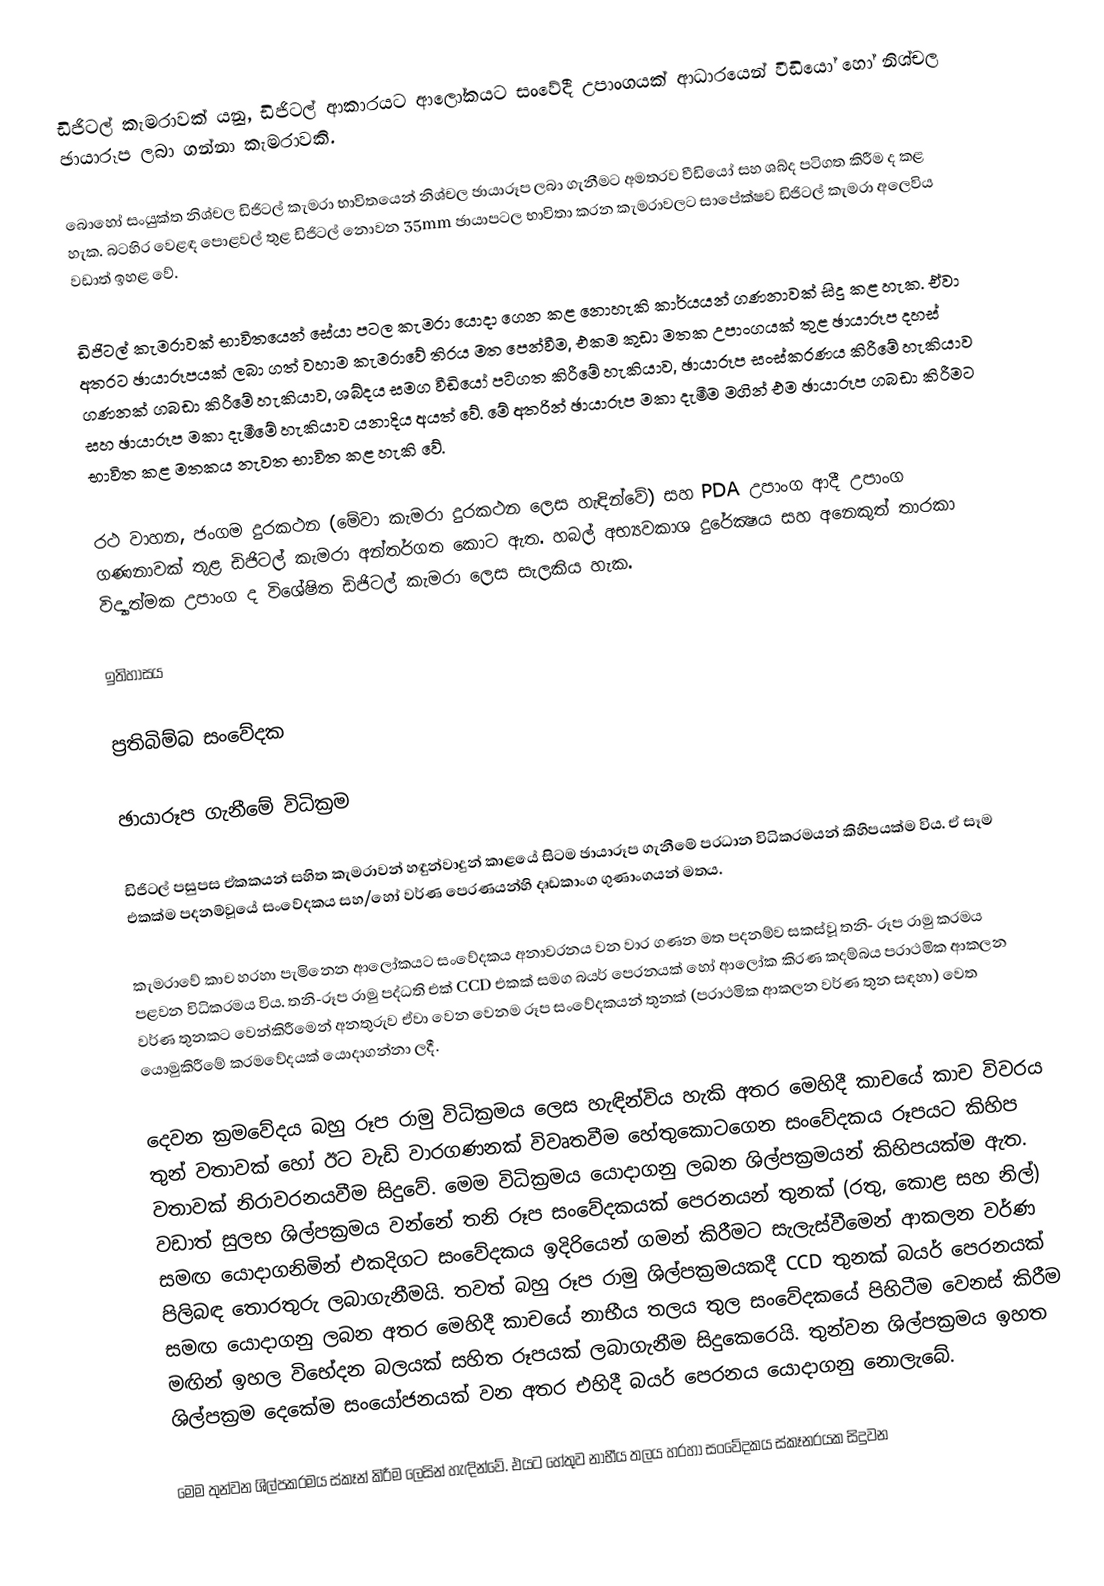
ඩිජිටල් කැමරාවක් යනු, ඩිජිටල් ආකාරයට ආලෝකයට සංවේදී උපාංගයක් ආධාරයෙන් වීඩියෝ හෝ නිශ්චල ඡායාරූප ලබා ගන්නා කැමරාවකි.

බොහෝ සංයුක්ත නිශ්චල ඩිජිටල් කැමරා භාවිතයෙන් නිශ්චල ඡායාරූප ලබා ගැනීමට අමතරව වීඩියෝ සහ ශබ්ද පටිගත කිරීම ද කළ හැක. බටහිර වෙළඳ පොළවල් තුළ ඩිජිටල් නොවන 35mm ඡායාපටල භාවිතා කරන කැමරාවලට සාපේක්ෂව ඩිජිටල් කැමරා අලෙවිය වඩාත් ඉහළ වේ.

ඩිජි‍ටල් කැමරාවක් භාවිතයෙන් සේයා පටල කැමරා යොදා ගෙන කළ නොහැකි කාර්යයන් ගණනාවක් සිදු කළ හැක. ඒවා අතරට ඡායාරූපයක් ලබා ගත් වහාම කැමරාවේ තිරය මත පෙන්වීම, එකම කුඩා මතක උපාංගයක් තුළ ඡායාරූප දහස් ගණනක් ගබඩා කිරීමේ හැකියාව, ශබ්දය සමග වී‍ඩියෝ පටිගත කිරීමේ හැකියාව, ඡායාරූප සංස්කරණය කිරීමේ හැකියාව සහ ඡායාරූප මකා දැමීමේ හැකියාව යනාදිය අයත් වේ. මේ අතරින් ඡායාරූප මකා දැමීම මගින් එම ඡායාරූප ගබඩා කිරීමට භාවිත කළ මතකය නැවත භාවිත කළ හැකි වේ.

රථ වාහන, ජංගම දුරකථන (මේවා කැමරා දුරකථන ලෙස හැඳින්වේ) සහ PDA උපාංග ආදී උපාංග ගණනාවක් තුළ ඩිජිටල් කැමරා අන්තර්ගත කොට ඇත. හබල් අභ්‍යවකාශ දුරේක්‍ෂය සහ අනෙකුත් තාරකා විද්‍යාත්මක උපාංග ද විශේෂිත ඩිජිටල් කැමරා ලෙස සැලකිය හැක.

ඉතිහාසය

ප්‍රතිබිම්බ සංවේදක

ඡායාරූප ගැනීමේ විධික‍්‍රම

ඩිජිටල් පසුපස ඒකකයන් සහිත කැමරාවන් හඳුන්වාදුන් කාළයේ සිටම ඡායාරූප ගැනීමේ ප‍්‍රධාන විධික‍්‍රමයන් කිහිපයක්ම විය. ඒ සෑම එකක්ම පදනම්වූයේ සංවේදකය සහ/හෝ වර්ණ පෙරණයන්හි දෘඩකාංග ගුණාංගයන් මතය.

කැමරාවේ කාච හරහා පැමිනෙන ආලෝකයට සංවේදකය අනාවරනය වන වාර ගණන මත පදනම්ව සකස්වූ තනි- රූප රාමු ක‍්‍රමය පළවන විධික‍්‍රමය විය. තනි-රූප රාමු පද්ධති එක් CCD එකක් සමග බයර් පෙරනයක් හෝ ආලෝක කිරණ කදම්බය ප‍්‍රාථමික ආකලන වර්ණ තුනකට වෙන්කිරීමෙන් අනතුරුව ඒවා වෙන වෙනම රූප සංවේදකයන් තුනක් (ප‍්‍රාථමික ආකලන වර්ණ තුන සඳහා) වෙත යොමුකිරීමේ ක‍්‍රමවේදයක් යොදාගන්නා ලදී.

දෙවන ක‍්‍රමවේදය බහු රූප රාමු විධික‍්‍රමය ලෙස හැඳින්විය හැකි අතර මෙහිදී කාචයේ කාච විවරය තුන් වතාවක් හෝ ඊට වැඩි වාරගණනක් විවෘතවීම හේතුකොටගෙන සංවේදකය රූපයට කිහිප වතාවක් නිරාවරනයවීම සිදුවේ. මෙම විධික‍්‍රමය යොදාගනු ලබන ශිල්පක‍්‍රමයන් කිහිපයක්ම ඇත. වඩාත් සුලභ ශිල්පක‍්‍රමය වන්නේ තනි රූප සංවේදකයක් පෙරනයන් තුනක් (රතු, කොළ සහ නිල්) සමඟ යොදාගනිමින් එකදිගට සංවේදකය ඉදිරියෙන් ගමන් කිරීමට සැලැස්වීමෙන් ආකලන වර්ණ පිලිබඳ තොරතුරු ලබාගැනීමයි. තවත් බහු රූප රාමු ශිල්පක‍්‍රමයකදී CCD තුනක් බයර් පෙරනයක් සමඟ යොදාගනු ලබන අතර මෙහිදී කාචයේ නාභීය තලය තුල සංවේදකයේ පිහිටීම වෙනස් කිරීම මඟින් ඉහල  විභේදන බලයක් සහිත රූපයක් ලබාගැනීම සිදුකෙරෙයි. තුන්වන ශිල්පක‍්‍රමය ඉහත ශිල්පක‍්‍රම දෙකේම සංයෝජනයක් වන අතර එහිදී බයර් පෙරනය යොදාගනු නොලැබේ.

මෙම තුන්වන ශිල්පක‍්‍රමය ස්කෑන් කිරීම ලෙසින් හැඳින්වේ. එයට හේතුව නාභීය තලය හරහා සංවේදකය ස්කෑනරයක සිදුවන